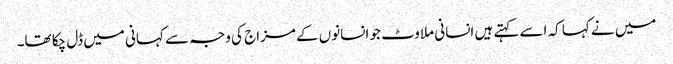
میں نے کہا کہ اسے کہتے ہیں انسانی ملاوٹ جو انسانوں کے مزاج کی وجہ سے کہانی میں ڈل چکا تھا۔